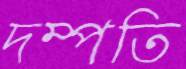
দম্পতি